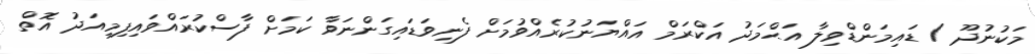
މަކުނުދޫ / ޑައިމަންޑްވިލާ އަޙްމަދު އަކްރަމް އައްޔަނުކުރެއްވުމަށް ފެނިވަޑައިގަންނަވާ ކަމަށް ފާސްކުރައްވައިފިމިއަދު އޮތް